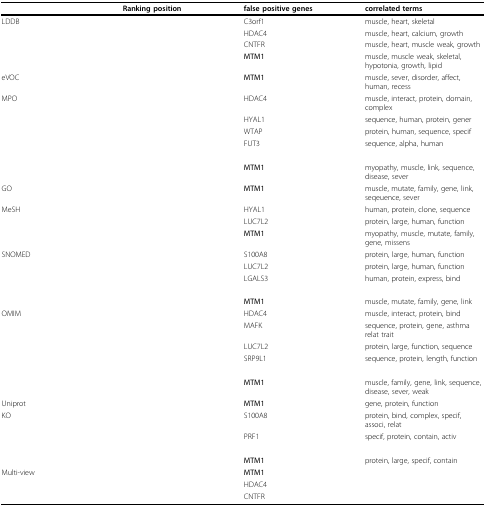
<table><thead><tr><td>[EMPTY_CELL]</td><td><b>Ranking position</b></td><td><b>false positive genes</b></td><td><b>correlated terms</b></td></tr></thead><tbody><tr><td>LDDB</td><td>[EMPTY_CELL]</td><td>C3orf1</td><td>muscle, heart, skeletal</td></tr><tr><td>[EMPTY_CELL]</td><td>[EMPTY_CELL]</td><td>HDAC4</td><td>muscle, heart, calcium, growth</td></tr><tr><td>[EMPTY_CELL]</td><td>[EMPTY_CELL]</td><td>CNTFR</td><td>muscle, heart, muscle weak, growth</td></tr><tr><td>[EMPTY_CELL]</td><td>[EMPTY_CELL]</td><td><b>MTM1</b></td><td>muscle, muscle weak, skeletal, hypotonia, growth, lipid</td></tr><tr><td>eVOC</td><td>[EMPTY_CELL]</td><td><b>MTM1</b></td><td>muscle, sever, disorder, affect, human, recess</td></tr><tr><td>MPO</td><td>[EMPTY_CELL]</td><td>HDAC4</td><td>muscle, interact, protein, domain, complex</td></tr><tr><td>[EMPTY_CELL]</td><td>[EMPTY_CELL]</td><td>HYAL1</td><td>sequence, human, protein, gener</td></tr><tr><td>[EMPTY_CELL]</td><td>[EMPTY_CELL]</td><td>WTAP</td><td>protein, human, sequence, specif</td></tr><tr><td>[EMPTY_CELL]</td><td>[EMPTY_CELL]</td><td>FUT3</td><td>sequence, alpha, human</td></tr><tr><td>[EMPTY_CELL]</td><td>[EMPTY_CELL]</td><td>[EMPTY_CELL]</td><td>[EMPTY_CELL]</td></tr><tr><td>[EMPTY_CELL]</td><td>[EMPTY_CELL]</td><td><b>MTM1</b></td><td>myopathy, muscle, link, sequence, disease, sever</td></tr><tr><td>GO</td><td>[EMPTY_CELL]</td><td><b>MTM1</b></td><td>muscle, mutate, family, gene, link, seqeuence, sever</td></tr><tr><td>MeSH</td><td>[EMPTY_CELL]</td><td>HYAL1</td><td>human, protein, clone, sequence</td></tr><tr><td>[EMPTY_CELL]</td><td>[EMPTY_CELL]</td><td>LUC7L2</td><td>protein, large, human, function</td></tr><tr><td>[EMPTY_CELL]</td><td>[EMPTY_CELL]</td><td><b>MTM1</b></td><td>myopathy, muscle, mutate, family, gene, missens</td></tr><tr><td>SNOMED</td><td>[EMPTY_CELL]</td><td>S100A8</td><td>protein, large, human, function</td></tr><tr><td>[EMPTY_CELL]</td><td>[EMPTY_CELL]</td><td>LUC7L2</td><td>protein, large, human, function</td></tr><tr><td>[EMPTY_CELL]</td><td>[EMPTY_CELL]</td><td>LGALS3</td><td>human, protein, express, bind</td></tr><tr><td>[EMPTY_CELL]</td><td>[EMPTY_CELL]</td><td>[EMPTY_CELL]</td><td>[EMPTY_CELL]</td></tr><tr><td>[EMPTY_CELL]</td><td>[EMPTY_CELL]</td><td><b>MTM1</b></td><td>muscle, mutate, family, gene, link</td></tr><tr><td>OMIM</td><td>[EMPTY_CELL]</td><td>HDAC4</td><td>muscle, interact, protein, bind</td></tr><tr><td>[EMPTY_CELL]</td><td>[EMPTY_CELL]</td><td>MAFK</td><td>sequence, protein, gene, asthma relat trait</td></tr><tr><td>[EMPTY_CELL]</td><td>[EMPTY_CELL]</td><td>LUC7L2</td><td>protein, large, function, sequence</td></tr><tr><td>[EMPTY_CELL]</td><td>[EMPTY_CELL]</td><td>SRP9L1</td><td>sequence, protein, length, function</td></tr><tr><td>[EMPTY_CELL]</td><td>[EMPTY_CELL]</td><td>[EMPTY_CELL]</td><td>[EMPTY_CELL]</td></tr><tr><td>[EMPTY_CELL]</td><td>[EMPTY_CELL]</td><td><b>MTM1</b></td><td>muscle, family, gene, link, sequence, disease, sever, weak</td></tr><tr><td>Uniprot</td><td>[EMPTY_CELL]</td><td><b>MTM1</b></td><td>gene, protein, function</td></tr><tr><td>KO</td><td>[EMPTY_CELL]</td><td>S100A8</td><td>protein, bind, complex, specif, associ, relat</td></tr><tr><td>[EMPTY_CELL]</td><td>[EMPTY_CELL]</td><td>PRF1</td><td>specif, protein, contain, activ</td></tr><tr><td>[EMPTY_CELL]</td><td>[EMPTY_CELL]</td><td>[EMPTY_CELL]</td><td>[EMPTY_CELL]</td></tr><tr><td>[EMPTY_CELL]</td><td>[EMPTY_CELL]</td><td><b>MTM1</b></td><td>protein, large, specif, contain</td></tr><tr><td>Multi-view</td><td>[EMPTY_CELL]</td><td><b>MTM1</b></td><td>[EMPTY_CELL]</td></tr><tr><td>[EMPTY_CELL]</td><td>[EMPTY_CELL]</td><td>HDAC4</td><td>[EMPTY_CELL]</td></tr><tr><td>[EMPTY_CELL]</td><td>[EMPTY_CELL]</td><td>CNTFR</td><td>[EMPTY_CELL]</td></tr></tbody></table>